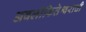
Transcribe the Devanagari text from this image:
अवलोकितेश्वराची